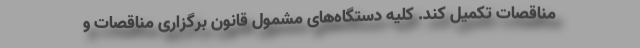
مناقصات تکمیل کند. کلیه دستگاه‌های مشمول قانون برگزاری مناقصات و